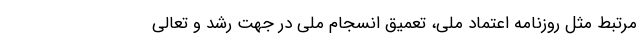
مرتبط مثل روزنامه اعتماد ملی، تعمیق انسجام ملی در جهت رشد و تعالی